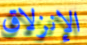
الإنزلاق